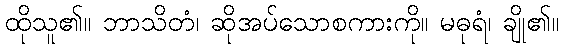
ထိုသူ၏။ ဘာသိတံ၊ ဆိုအပ်သောစကားကို။ မဓုရံ၊ ချို၏။